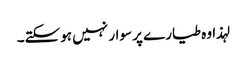
لہذا وہ طیارے پر سوار نہیں ہوسکتے۔